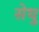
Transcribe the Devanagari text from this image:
सेथु